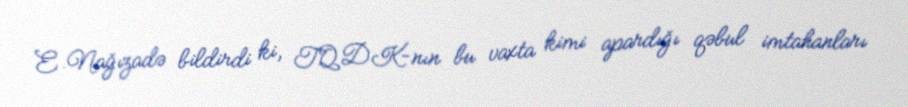
E.Nağızadə bildirdi ki, TQDK-nın bu vaxta kimi apardığı qəbul imtahanları